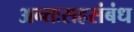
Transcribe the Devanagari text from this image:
अन्तःसहसंबंध